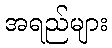
အရည်များ